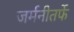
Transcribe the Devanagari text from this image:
जर्मनीतर्फे